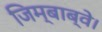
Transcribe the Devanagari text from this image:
जिम्बाब्वे।